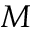
M